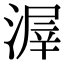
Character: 𣹲